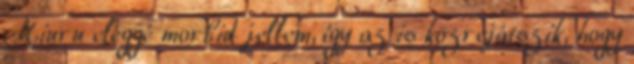
Miuru eléggé morbid jellem, így az is közrejátszik, hogy